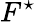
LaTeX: F^{\star}